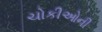
ચોકીઓની